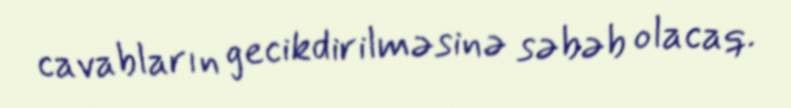
cavabların gecikdirilməsinə səbəb olacaq.